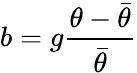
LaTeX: b=g\frac{\theta-\bar{\theta}}{\bar{\theta}}